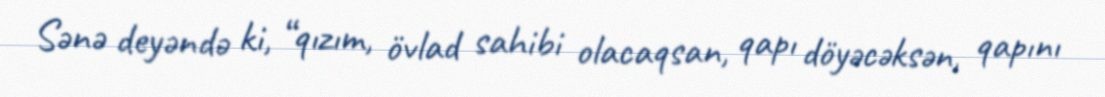
Sənə deyəndə ki, “qızım, övlad sahibi olacaqsan, qapı döyəcəksən, qapını